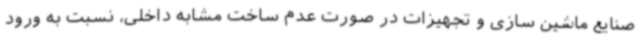
صنایع ماشین سازی و تجهیزات در صورت عدم ساخت مشابه داخلی، نسبت به ورود